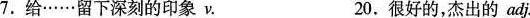
7.给……留下深刻的印象v. 20.很好的，杰出的adj.